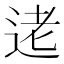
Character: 𫐥